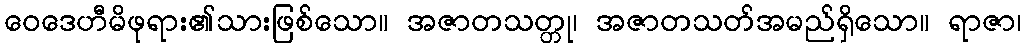
ဝေဒေဟီမိဖုရား၏သားဖြစ်သော။ အဇာတသတ္တု၊ အဇာတသတ်အမည်ရှိသော။ ရာဇာ၊